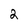
Character: 2